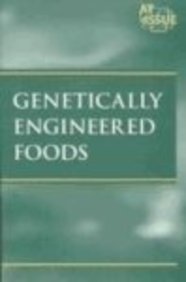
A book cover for At Issue Series - Genetically Engineered Foods (paperback edition); Nancy Harris; Health, Fitness & Dieting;